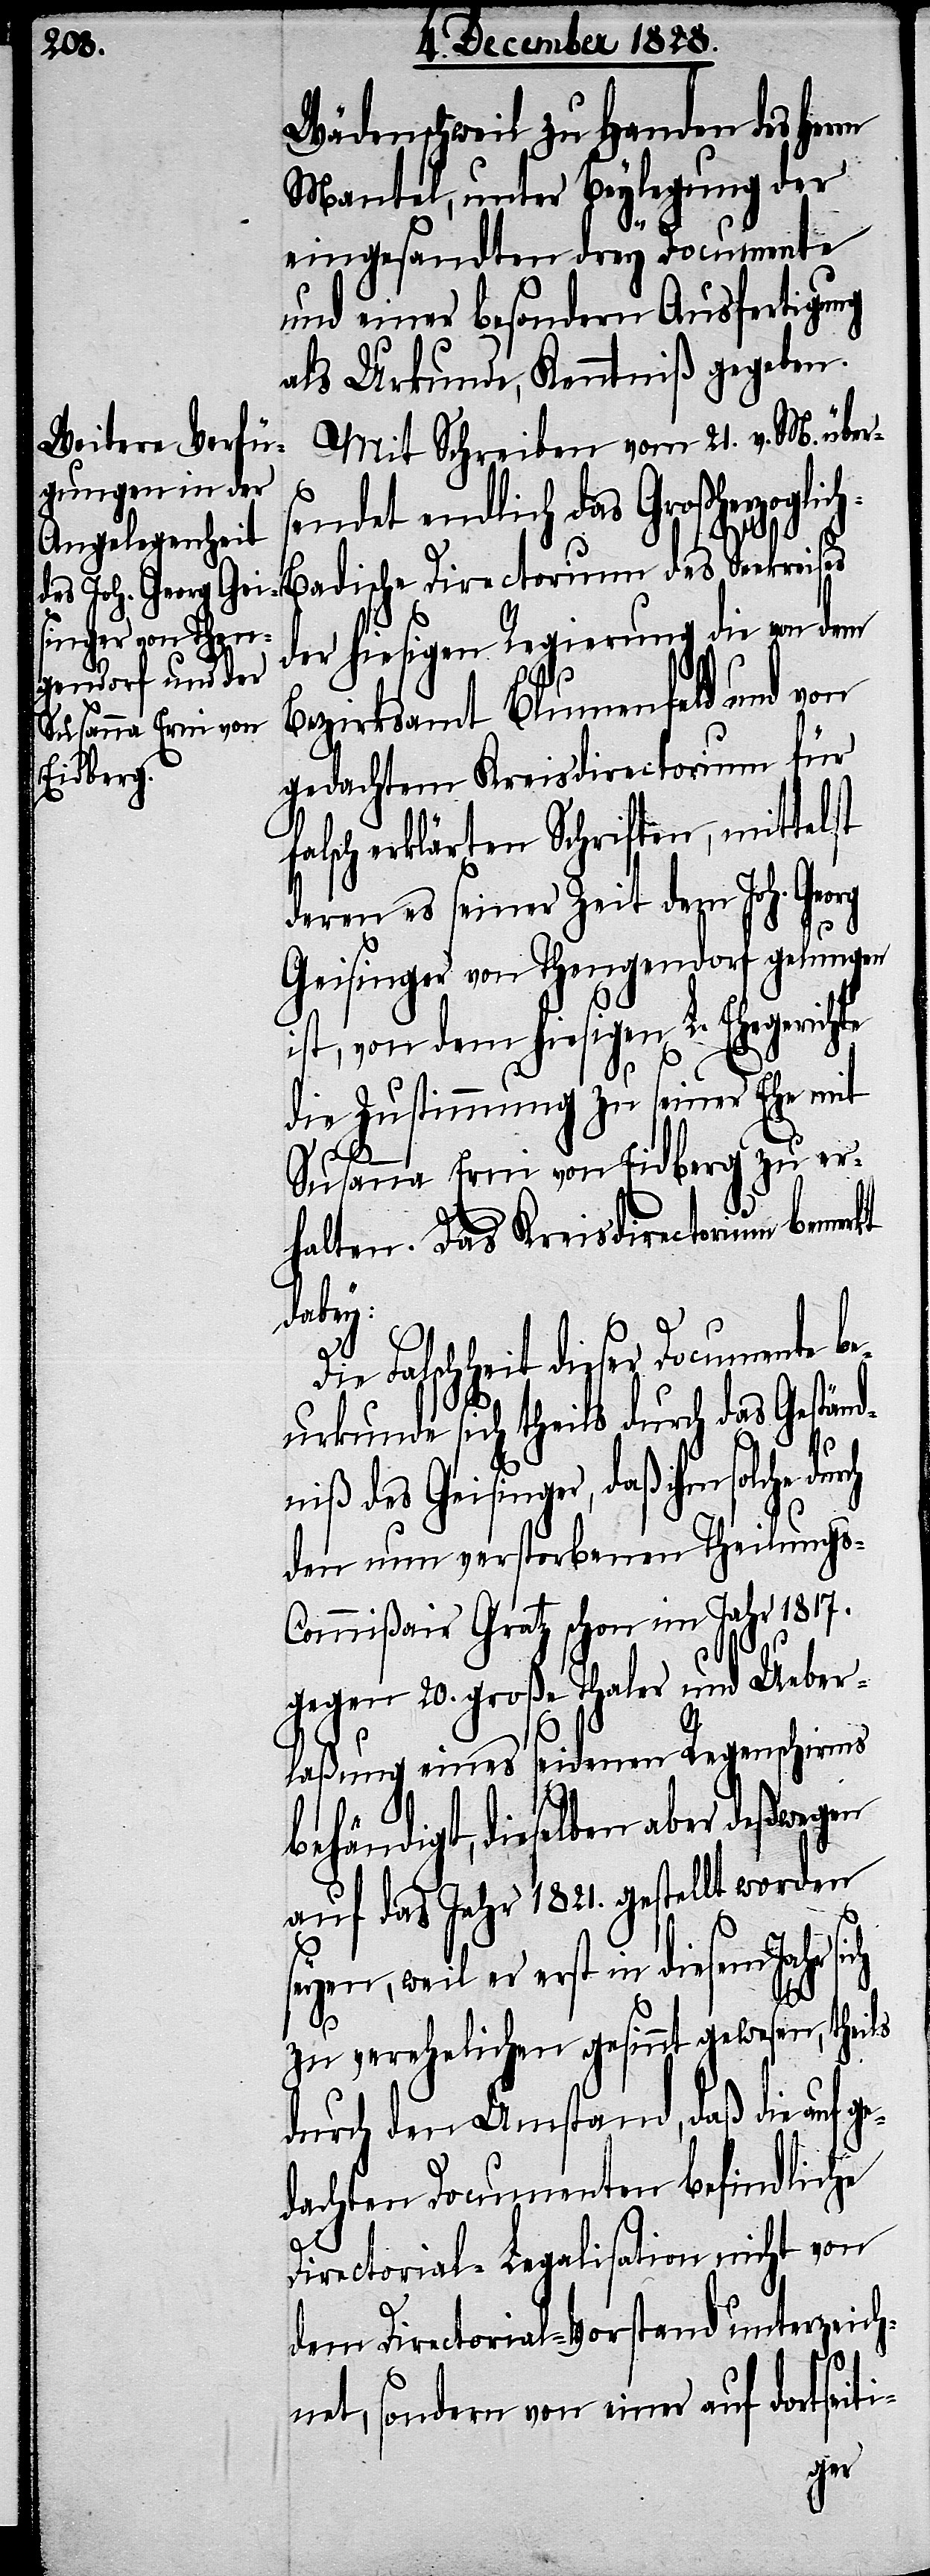
Wädenschweil zu Handen des Herrn
Mantel, unter Beylegung der
eingesandten drey Documente
und einer besondern Ausfertigung
als Urkunde, Kenntniß gegeben.
Mit Schreiben vom 21. v. M. übers¬
endet endlich das Großherzogli¬
der hiesigen Regierung die von dem
Bezirksamt Blumenfeld und von
gedachtem Kreisdirectorium für
falsch erklärten Schriften, mittelst
deren es seiner Zeit dem Joh. Georg
Geisinger von Thengendorf gelungen
ist, von dem hiesigen L. Ehegerichte
die Zustimmung zu seiner Ehe mit
Susanna Erni von Eidberg zu er¬
halten. Das Kreisdirectorium bemerkt
dabey:
Die Falschheit dieser Documente be¬
urkunde sich theils durch das Geständ¬
niß des Geisinger, daß ihm solche
den nun verstorbenen Theilung¬
s-Commißair Gratz schon im Jahr 1817.
gegen 20. große Thaler und Ueber¬
laßung eines seidenen Regenschirms
behändigt, dieselben aber deßwegen
auf das Jahr 1821. gestellt worden
seyen, weil er erst in diesem Jahr sich
zu verehelichen gesinnt gewesen, theils
durch den Umstand, daß die auf
dachten Documenten befindliche
Directorial-Legalisation nicht von
dem Directorial-Vorstand unterzeich¬
net, sondern von einer auf dortseiti-
ge¬